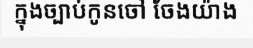
ក្នុងច្បាប់កូនចៅ ចែងយ៉ាង